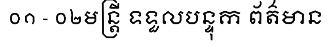
០១ - ០២មន្ត្រី ទទួលបន្ទុក ព័ត៌មាន